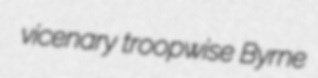
vicenary troopwise Byrne